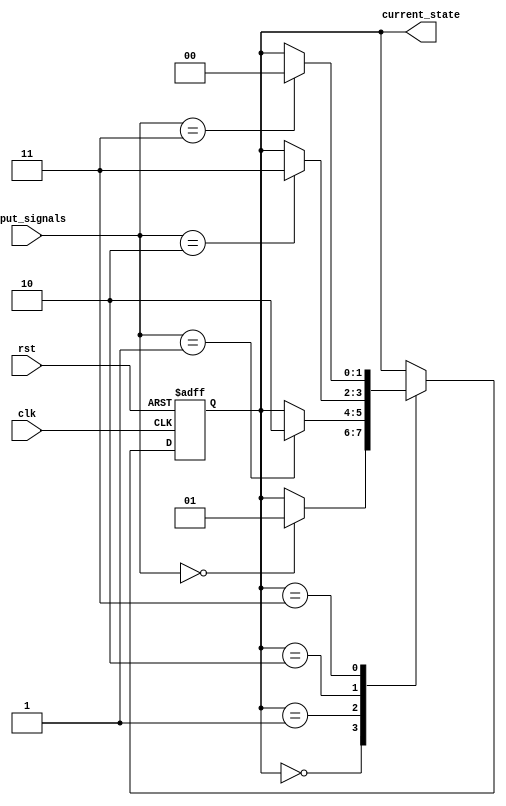
module state_machine (
    input clk,
    input rst,
    input [1:0] input_signals,
    output reg [1:0] current_state
);

// Define states
parameter stateA = 2'b00;
parameter stateB = 2'b01;
parameter stateC = 2'b10;
parameter stateD = 2'b11;

// State register
always @(posedge clk or posedge rst)
begin
    if (rst)
        current_state <= stateA;
    else
        case (current_state)
            stateA: if (input_signals == 2'b00) current_state <= stateB;
            stateB: if (input_signals == 2'b01) current_state <= stateC;
            stateC: if (input_signals == 2'b10) current_state <= stateD;
            stateD: if (input_signals == 2'b11) current_state <= stateA;
            default: current_state <= stateA;
        endcase
end

endmodule